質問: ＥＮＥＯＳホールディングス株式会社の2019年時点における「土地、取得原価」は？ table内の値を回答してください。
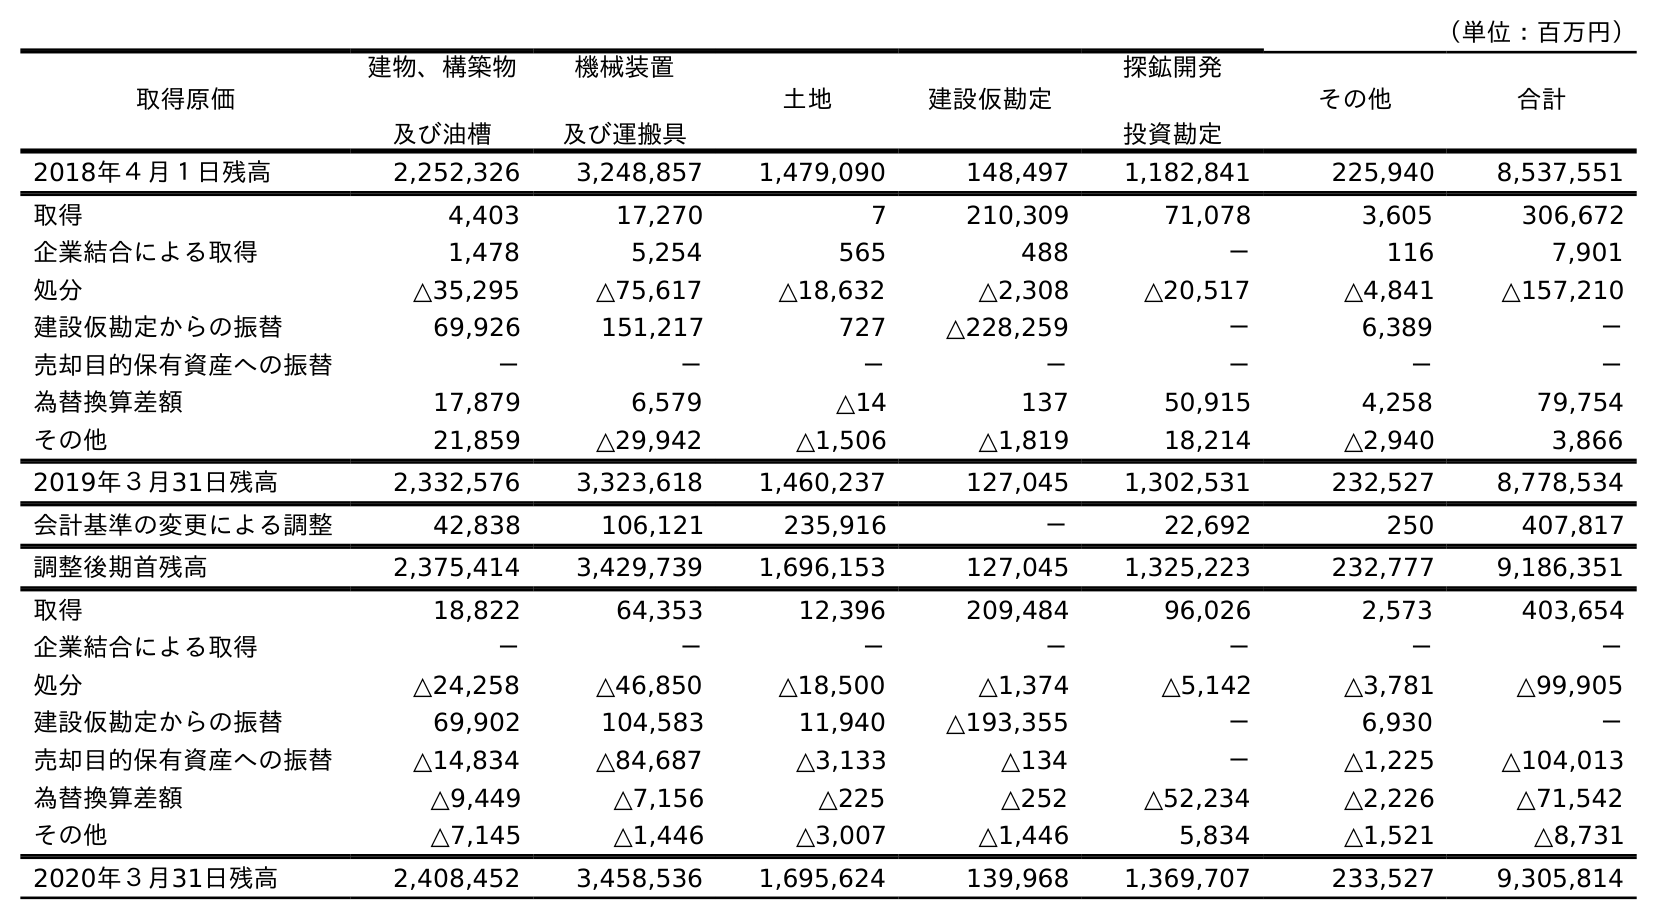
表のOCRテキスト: （単位：百万円） 取得原価 建物、構築物 及び油槽 機械装置 及び運搬具 土地 建設仮勘定 探鉱開発 投資勘定 その他 合計 2018年４月１日残高 2,252,326 3,248,857 1,479,090 148,497 1,182,841 225,940 8,537,551 取得 4,403 17,270 7 210,309 71,078 3,605 306,672 企業結合による取得 1,478 5,254 565 488 － 116 7,901 処分 △35,295 △75,617 △18,632 △2,308 △20,517 △4,841 △157,210 建設仮勘定からの振替 69,926 151,217 727 △228,259 － 6,389 － 売却目的保有資産への振替 － － － － － － － 為替換算差額 17,879 6,579 △14 137 50,915 4,258 79,754 その他 21,859 △29,942 △1,506 △1,819 18,214 △2,940 3,866 2019年３月31日残高 2,332,576 3,323,618 1,460,237 127,045 1,302,531 232,527 8,778,534 会計基準の変更による調整 42,838 106,121 235,916 － 22,692 250 407,817 調整後期首残高 2,375,414 3,429,739 1,696,153 127,045 1,325,223 232,777 9,186,351 取得 18,822 64,353 12,396 209,484 96,026 2,573 403,654 企業結合による取得 － － － － － － － 処分 △24,258 △46,850 △18,500 △1,374 △5,142 △3,781 △99,905 建設仮勘定からの振替 69,902 104,583 11,940 △193,355 － 6,930 － 売却目的保有資産への振替 △14,834 △84,687 △3,133 △134 － △1,225 △104,013 為替換算差額 △9,449 △7,156 △225 △252 △52,234 △2,226 △71,542 その他 △7,145 △1,446 △3,007 △1,446 5,834 △1,521 △8,731 2020年３月31日残高 2,408,452 3,458,536 1,695,624 139,968 1,369,707 233,527 9,305,814
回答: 1,460,237